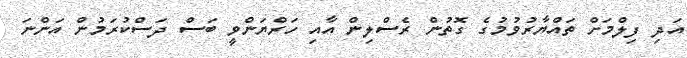
އަދި ފިލްމަށް ތައްޔާރުވުމުގެ ގޮތުން ރެސްލިން އާއި ހަރްޔަންވީ ބަސް ދަސްކުރަމުން އަންނަ